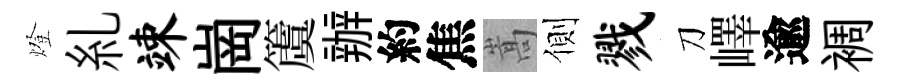
燈糺竦崗𥵂辦約焦嵩側戮刀嶧逾裯